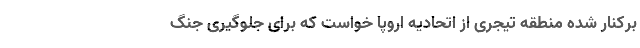
برکنار شده منطقه تیجری از اتحادیه اروپا خواست که برای جلوگیری جنگ